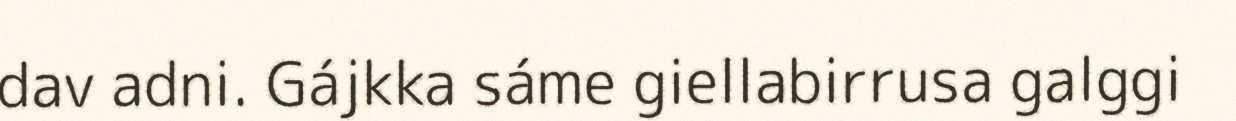
dav adni. Gájkka sáme giellabirrusa galggi